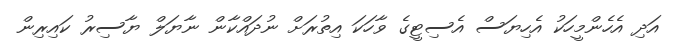
އަދި އެހެންމީހަކު އެހިޔަސް އެސިޓީގެ ވާހަކަ އިތުރަށް ނުދައްކާން ނާޔަލް ޔާސިރު ކައިރިން